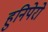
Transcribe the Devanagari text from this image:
हुनिपेरो